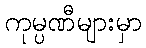
ကုမ္ပဏီများမှာ